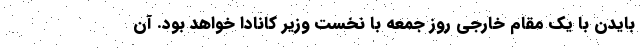
بایدن با یک مقام خارجی روز جمعه با نخست وزیر کانادا خواهد بود. آن